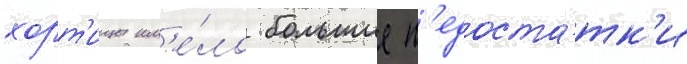
хорт'ицы им'е́ло большие н'едоста́тк'и